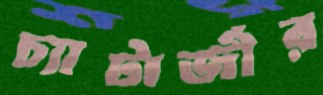
চ্যাটার্জীর